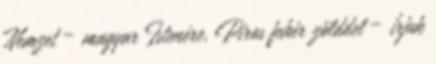
Nemzet – magyar Istenére, Piros fehér zölddel – írjuk